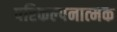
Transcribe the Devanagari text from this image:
परिकल्‍पनात्‍मक